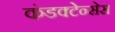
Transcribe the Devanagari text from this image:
कंडक्टेन्सेस